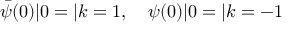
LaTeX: { \bar { \psi } } ( 0 ) | 0 = | k = 1 , \quad \psi ( 0 ) | 0 = | k = - 1